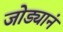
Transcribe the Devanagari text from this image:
जोड्यानं